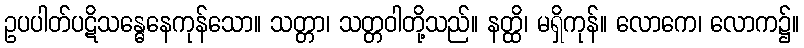
ဥပပါတ်ပဋိသန္ဓေနေကုန်သော။ သတ္တာ၊ သတ္တဝါတို့သည်။ နတ္ထိ၊ မရှိကုန်။ လောကေ၊ လောက၌။